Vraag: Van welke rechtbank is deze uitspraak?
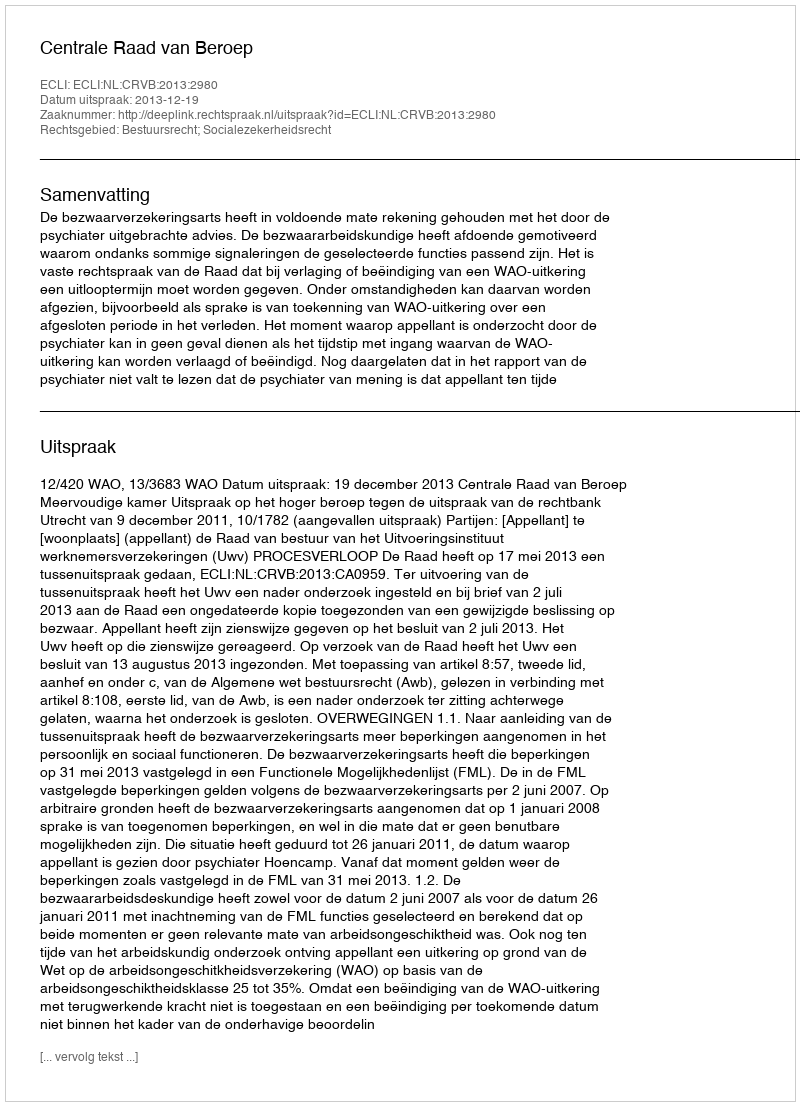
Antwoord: Centrale Raad van Beroep